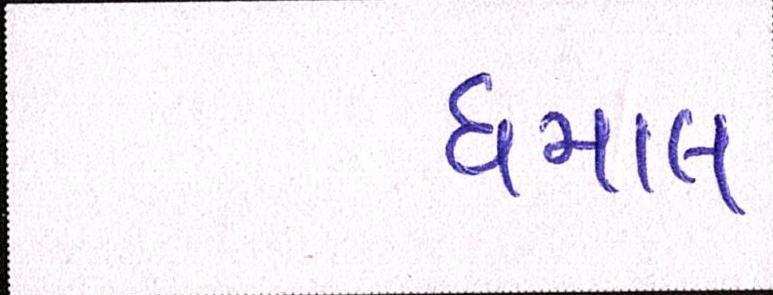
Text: ધમાલ